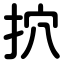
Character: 㧒